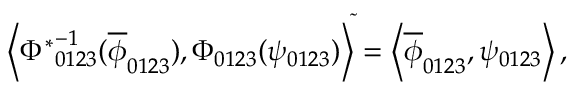
{ \left< { \Phi ^ { \ast } } _ { 0 1 2 3 } ^ { - 1 } ( \overline { { { \phi } } } _ { 0 1 2 3 } ) , \Phi _ { 0 1 2 3 } ( \psi _ { 0 1 2 3 } ) \right> } ^ { \tilde { } } = \left< \overline { { { \phi } } } _ { 0 1 2 3 } , \psi _ { 0 1 2 3 } \right> ,